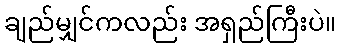
ချည်မျှင်ကလည်း အရှည်ကြီးပဲ။